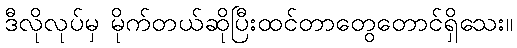
ဒီလိုလုပ်မှ မိုက်တယ်ဆိုပြီးထင်တာတွေတောင်ရှိသေး။